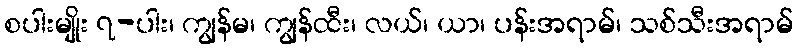
စပါးမျိုး ၇-ပါး၊ ကျွန်မ၊ ကျွန်ထီး၊ လယ်၊ ယာ၊ ပန်းအရာမ်၊ သစ်သီးအရာမ်